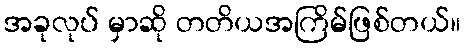
အခုလုပ် မှာဆို တတိယအကြိမ်ဖြစ်တယ်။